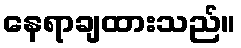
နေရာချထားသည်။